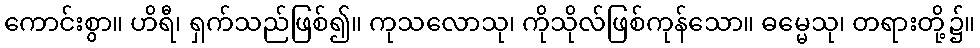
ကောင်းစွာ။ ဟိရီ၊ ရှက်သည်ဖြစ်၍။ ကုသလောသု၊ ကိုသိုလ်ဖြစ်ကုန်သော။ ဓမ္မေသု၊ တရားတို့၌။